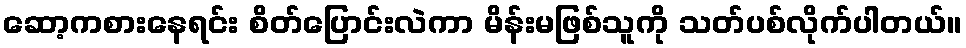
ဆော့ကစားနေရင်း စိတ်ပြောင်းလဲကာ မိန်းမဖြစ်သူကို သတ်ပစ်လိုက်ပါတယ်။